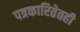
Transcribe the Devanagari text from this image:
पत्रकारितेतही